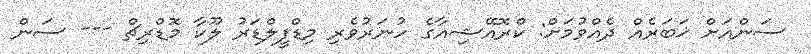
ސަންއަށް ޚަބަރެއް ދެއްވުމަށް: ކްރޮއޭޝިއާގެ ހުނަރުވެރި މިޑްފީލްޑަރު ލޫކާ މޮޑްރިޗް --- ސަން